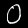
Label: 0